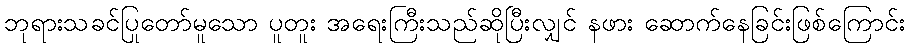
ဘုရားသခင်ပြုတော်မူသော ပူတူး အရေးကြီးသည်ဆိုပြီးလျှင် နဖား ဆောက်နေခြင်းဖြစ်ကြောင်း